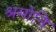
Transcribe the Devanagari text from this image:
श्रमोनि